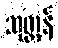
သုတ္တန်